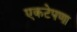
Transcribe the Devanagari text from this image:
एकटेपणा